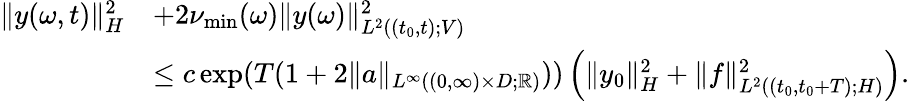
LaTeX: \begin{array}{rl}{\| y(\omega,t)\| _{H}^{2}}&{+2\nu_{\operatorname*{min}}(\omega)\| y(\omega)\| _{L^{2}((t_{0},t);V)}^{2}}\\ &{\leq c\exp(T(1+2\| a\| _{L^{\infty}((0,\infty)\times D;\mathbb{R})}))\left(\| y_{0}\| _{H}^{2}+\| f\| _{L^{2}((t_{0},t_{0}+T);H)}^{2}\right).}\end{array}